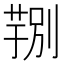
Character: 𮐆